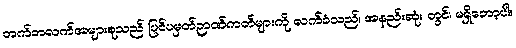
တက်ဘလက်အများစုသည် ပြင်ပမှတ်ဉာဏ်ကတ်များကို လက်ခံသည်၊ အနည်းဆုံး တွင်၊ မရှိတော့ပါ။